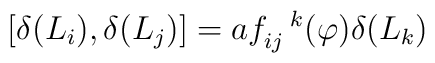
\lbrack \delta (L_{i}),\delta (L_{j})]=af_{ij}^{\ \ k}(\varphi )\delta(L_{k})